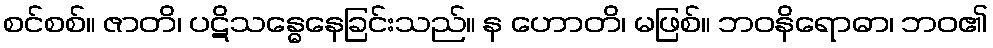
စင်စစ်။ ဇာတိ၊ ပဋိသန္ဓေနေခြင်းသည်။ န ဟောတိ၊ မဖြစ်။ ဘဝနိရောဓာ၊ ဘဝ၏